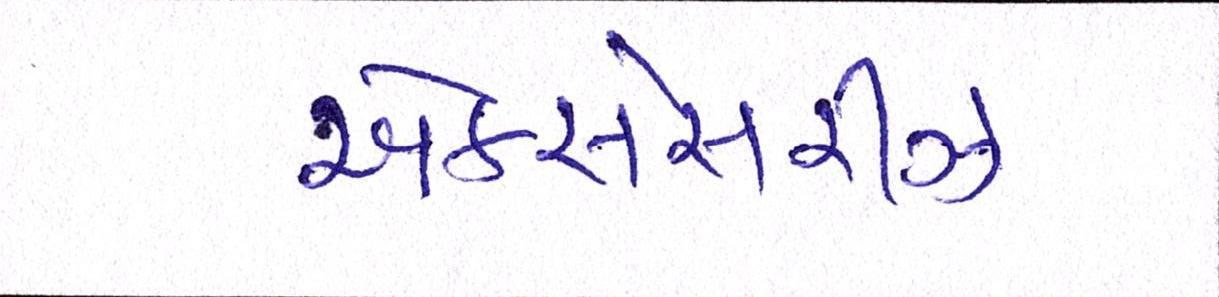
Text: એકસેસરીઝ